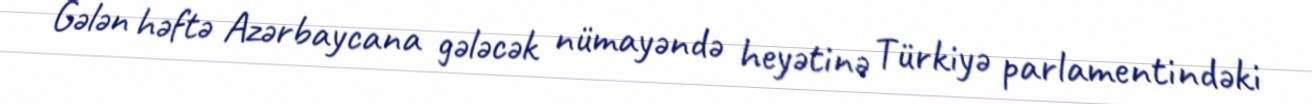
Gələn həftə Azərbaycana gələcək nümayəndə heyətinə Türkiyə parlamentindəki